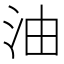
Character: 油